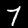
Digit: 7